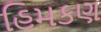
હિમકણ